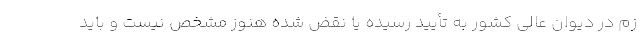
زم در دیوان عالی کشور به تأیید رسیده یا نقض شده هنوز مشخص نیست و باید